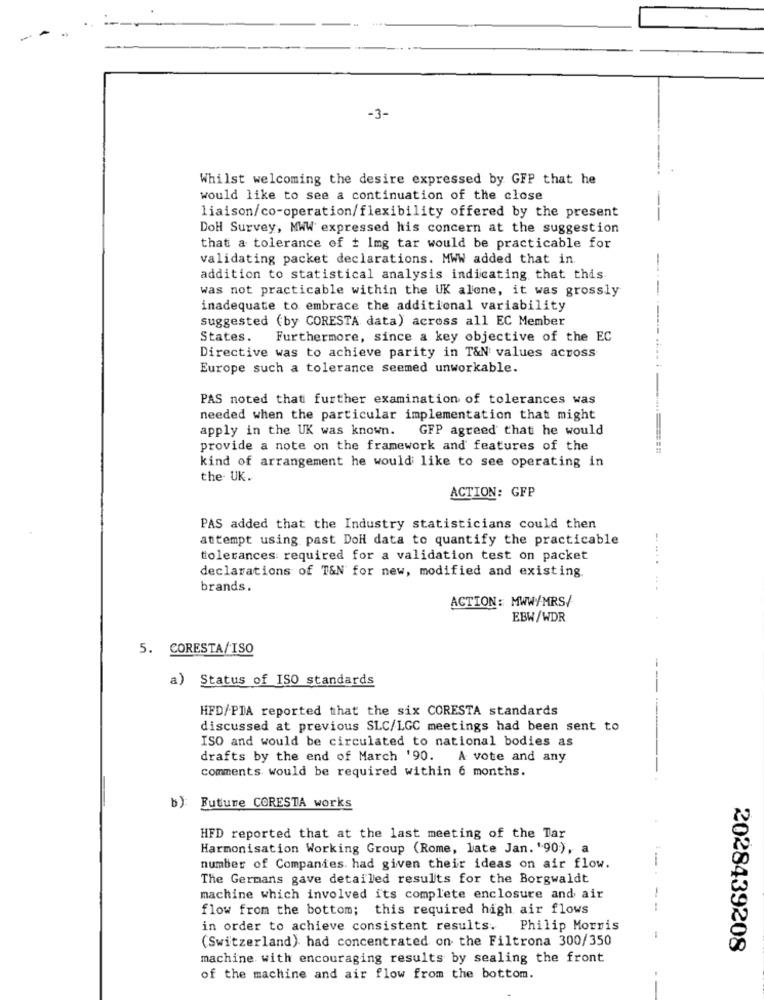
-3-
Whilst welcoming the desire expressed by GFP that he
would like to see a continuation of the close
liaison/co-operation/flexibility offered by the present
DoH Survey, MWW expressed his concern at the suggestion
that a tolerance of + Img tar would be practicable for
validating packet declarations. MWW added that in
-
addition to statistical analysis indicating that this
was not practicable within the UK alone, it was grossly
-
inadequate to embrace the additional variability
suggested (by CORESTA data) across all EC Member
States. Furthermore, since a key objective of the EC
Directive was to achieve parity in T&N values across
Europe such a tolerance seemed unworkable.
PAS noted that further examination of tolerances was
needed when the particular implementation that might
apply in the UK was known.
GFP agreed that he would
provide a note on the framework and features of the
kind of arrangement he would like to see operating in
the UK.
ACTION: GFP
PAS added that the Industry statisticians could then
attempt using past DoH data to quantify the practicable
tolerances required for a validation test on packet
declarations of T&N for new, modified and existing
brands.
...
ACTION: MWW/MRS/
EBW/WDR
5. CORESTA/ISO
a) Status of ISO standards
HFD/PDA reported that the six CORESTA standards
discussed at previous SLC/LGC meetings had been sent to
----
ISO and would be circulated to national bodies as
drafts by the end of March '90. A vote and any
comments would be required within 6 months.
b)
Future CORESTA works
HFD reported that at the last meeting of the Tar
Harmonisation Working Group (Rome, late Jan. '90), a
number of Companies. had given their ideas on air flow.
The Germans gave detailed results for the Borgwaldt
machine which involved its complete enclosure and air
flow from the bottom; this required high air flows
--
in order to achieve consistent results.
Philip Morris
(Switzerland) had concentrated on the Filtrona 300/350
2028439208
machine with encouraging results by sealing the front
of the machine and air flow from the bottom.